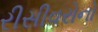
રીસીવરોનો